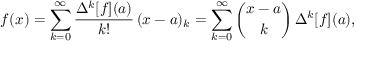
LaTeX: f ( x ) = \sum _ { k = 0 } ^ { \infty } { \frac { \Delta ^ { k } [ f ] ( a ) } { k ! } } \, ( x - a ) _ { k } = \sum _ { k = 0 } ^ { \infty } { \binom { x - a } { k } } \, \Delta ^ { k } [ f ] ( a ) ,